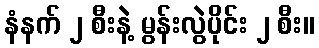
နံနက် ၂ စီးနဲ့ မွန်းလွဲပိုင်း ၂ စီး။